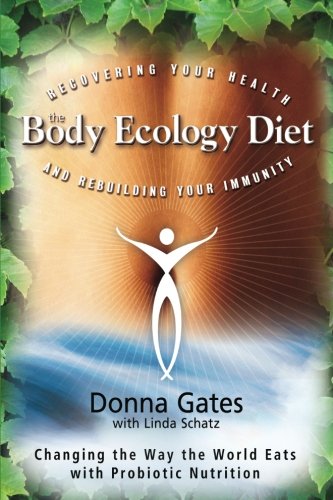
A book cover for The Body Ecology Diet: Recovering Your Health and Rebuilding Your Immunity; Donna Gates; Health, Fitness & Dieting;